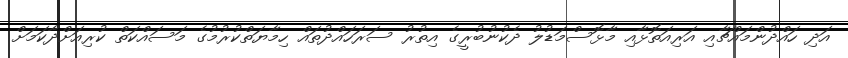
އަދި ހައްދުންމައްޗާއި އަރިއަތޮޅާއި މާޅޮސްމަޑުލު ދެކުނުބުރީގެ އިތުރު ސަރަހައްދުތައް ހިމާޔަތްކުރުމުގެ މަސައްކަތް ކުރިއަށްދާކަަމަށް